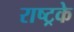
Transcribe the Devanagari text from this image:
राष्ट्रके